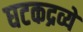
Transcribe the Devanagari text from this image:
घटकद्रव्ये